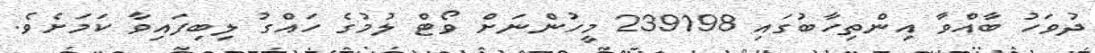
ދުވަހު ބާއްވާ އިންތިހާބުގައި 239198 މީހުންނަށް ވޯޓް ލުމުގެ ހައްގު ލިބިފައިވާ ކަމަށެވެ.